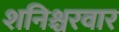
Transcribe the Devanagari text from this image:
शनिश्चरवार